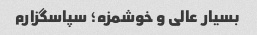
بسیار عالی و خوشمزه؛ سپاسگزارم